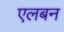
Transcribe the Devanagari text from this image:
एलबन